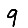
Digit: 9